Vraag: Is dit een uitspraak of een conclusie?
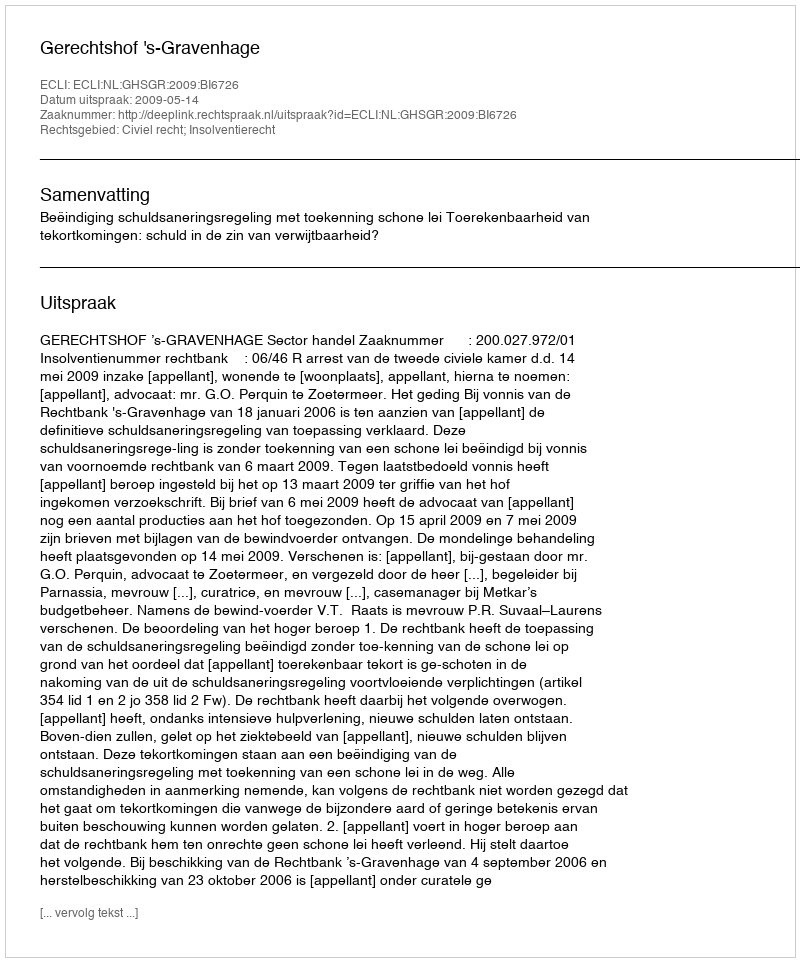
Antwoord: Uitspraak